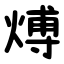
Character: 煿